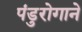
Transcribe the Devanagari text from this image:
पंडुरोगाने